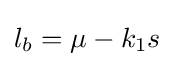
l_{b}=\mu -k_{1}s